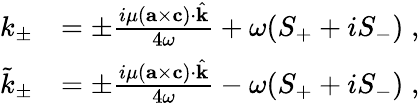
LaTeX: \begin{array}{rl}{k_{\pm}}&{=\pm\frac{i\mu({\mathbf{a}}\times{\mathbf{c}})\cdot\hat{\mathbf{k}}}{4\omega}+\omega(S_{+}+iS_{-})\; ,}\\ {\tilde{k}_{\pm}}&{=\pm\frac{i\mu({\mathbf{a}}\times{\mathbf{c}})\cdot\hat{\mathbf{k}}}{4\omega}-\omega(S_{+}+iS_{-})\; ,}\end{array}